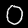
Label: 0